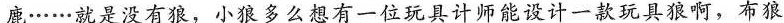
鹿……就是没有狼，小狼多么想有一位玩具计师能设计一款玩具狼啊，布狼